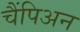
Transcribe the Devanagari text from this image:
चैंपिअन